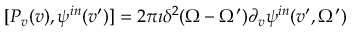
[ P _ { v } ( v ) , \psi ^ { i n } ( v ^ { \prime } ) ] = 2 \pi \imath \delta ^ { 2 } { ( \Omega - \Omega ^ { \prime } ) } \partial _ { v } \psi ^ { i n } ( v ^ { \prime } , \Omega ^ { \prime } )